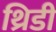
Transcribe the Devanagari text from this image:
थ्रिडी